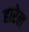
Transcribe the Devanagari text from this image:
हारेल